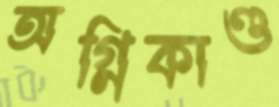
অগ্নিকাণ্ড